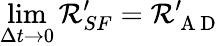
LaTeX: \operatorname*{lim}_{\Delta t\to 0}\mathcal{R}_{SF}^{\prime}=\mathcal{R}_{\mathrm{~A~D~}}^{\prime}